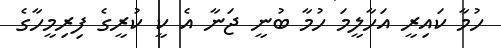
ހުމާ ކައިރީ އަހާލީމަ ހުމާ ބުނީ ޖަނާ އެ ކީ ކުރީގެ ފިރިމީހާގެ